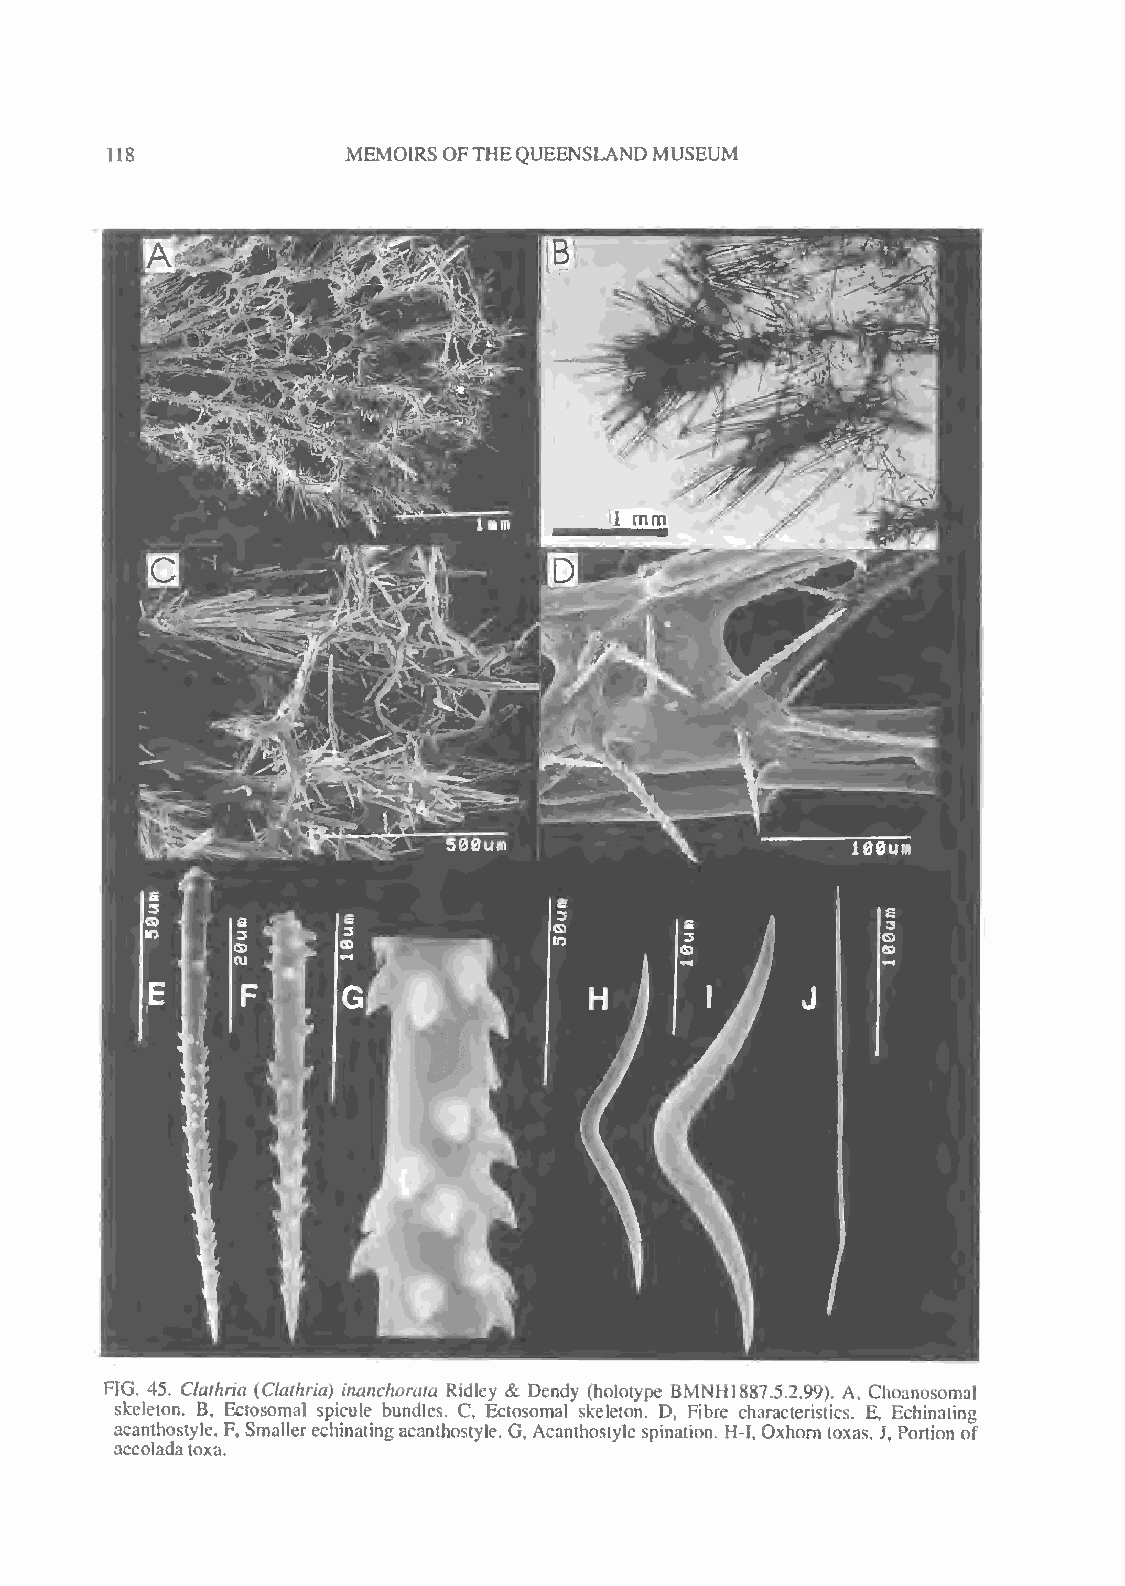
US              MEMOIRS OFTHEQUEENSLANDMUSEUM
 FIG. 45. Clathria {Clathria) inanchorata Ridley & Dendy (holotype BMNH 1887.5.2.99). A, Choanosomal
 skeleton. B, Ectosomal spicule bundles. C, Ectosomal skeleton. D, Fibre characteristics. E, Echinating
 acanthostyle. F, Smallerechinatingacanthostyle. G, Acanthostyle spination. H-I, Oxhorn toxas. J, Portion of
 accoladatoxa.